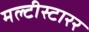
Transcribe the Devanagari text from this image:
मल्टीस्टारर